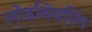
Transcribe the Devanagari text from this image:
लोडबियरिंग